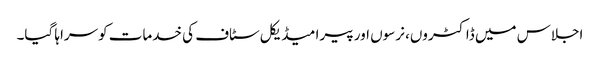
اجلاس میں ڈاکٹروں، نرسوں اور پیرا میڈیکل سٹاف کی خدمات کوسراہا گیا۔